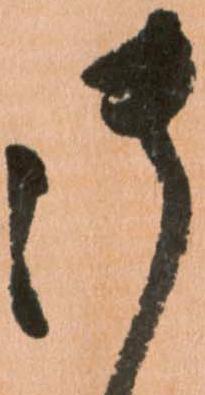
御